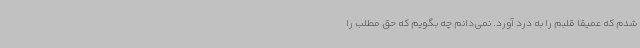
شدم که عمیقا قلبم را به درد آورد. نمی‌دانم چه بگویم که حق مطلب را